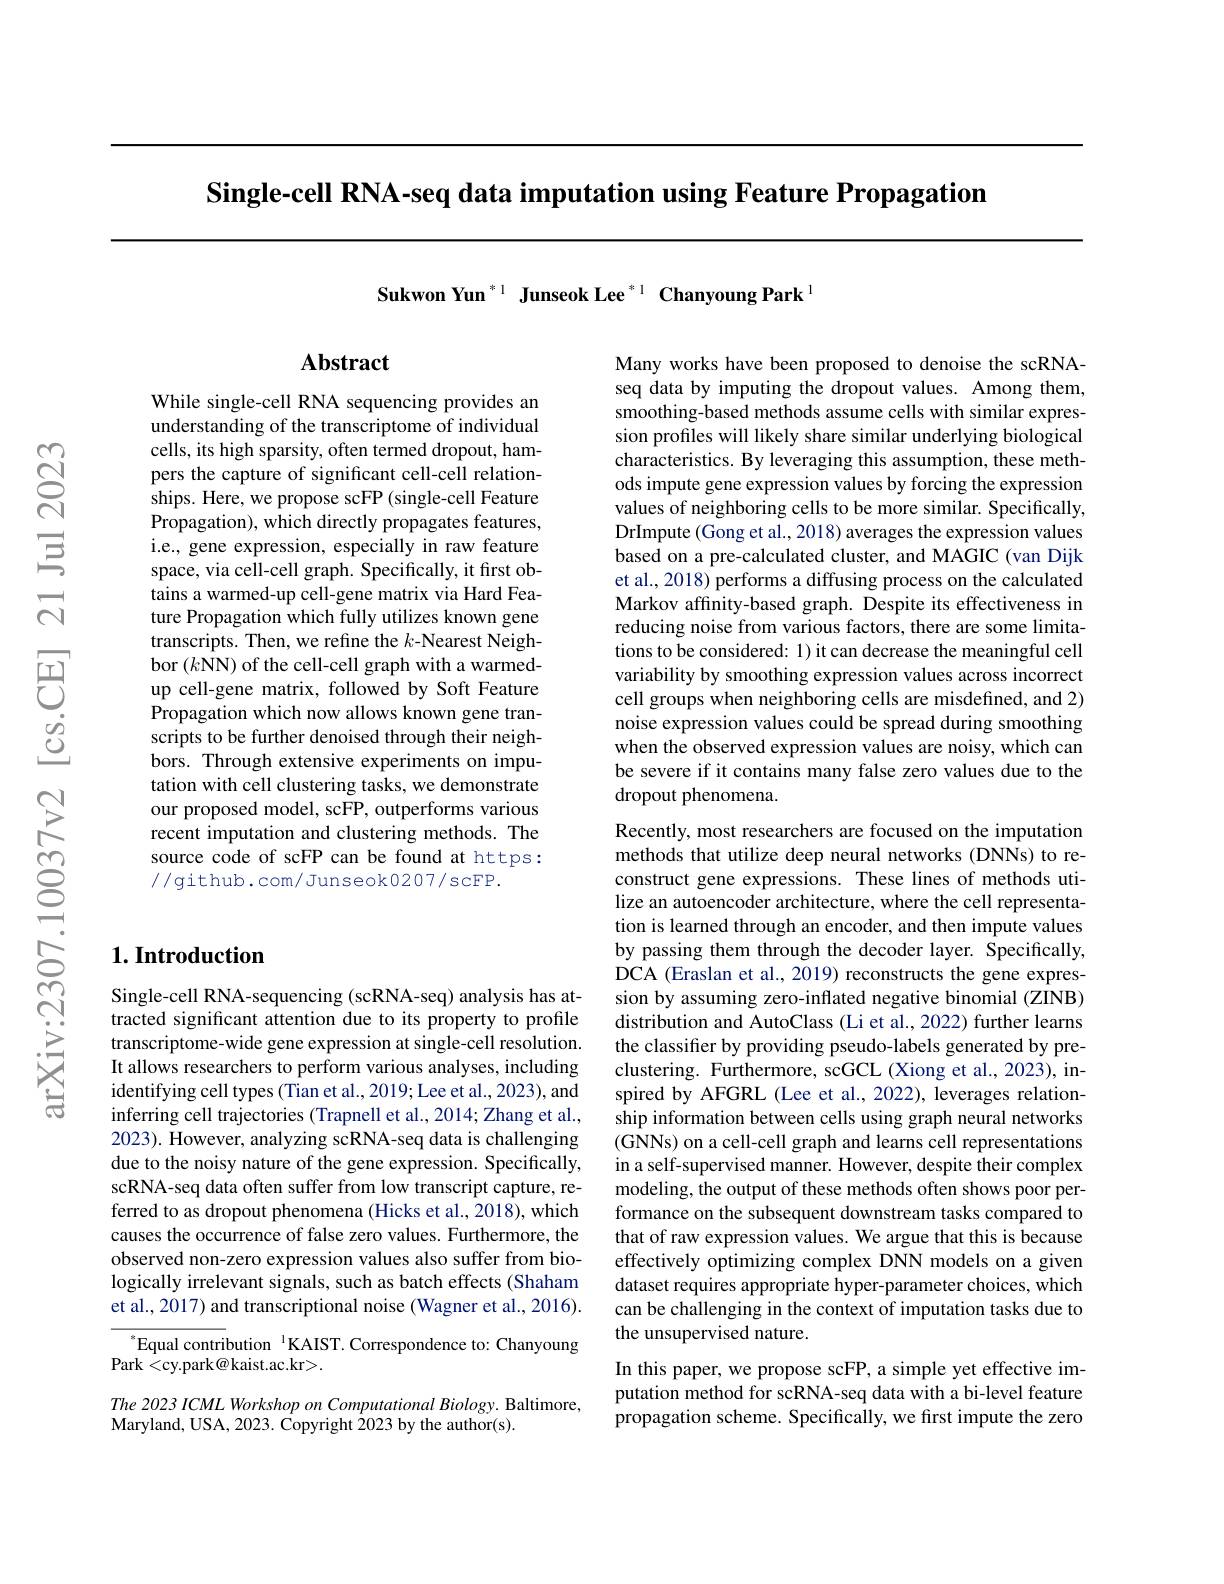
Single-cell RNA-seq data imputation using Feature Propagation

Sukwon Yun $^{*1}$ Junseok Lee $^{*1}$ Chanyoung Park$^{1}$

## Abstract

While single-cell RNA sequencing provides an understanding of the transcriptome of individual cells, its high sparsity, often termed dropout, hampers the capture of significant cell-cell relationships. Here, we propose scFP (single-cell Feature Propagation), which directly propagates features, i.e., gene expression, especially in raw feature space, via cell-cell graph. Specifically, it first obtains a warmed-up cell-gene matrix via Hard Feature Propagation which fully utilizes known gene transcripts. Then, we refine the $k$-Nearest Neighbor $(k\hat{\mathbf{NN}})$ of the cell-cell graph with a warmedup cell-gene matrix, followed by Soft Feature Propagation which now allows known gene transcripts to be further denoised through their neighbors. Through extensive experiments on imputation with cell clustering tasks, we demonstrate our proposed model, scFP, outperforms various recent imputation and clustering methods. The source code of scFP can be found at https: //github.com/Junseok0207/scFP.

## $1. \textbf{Introduction}$

Single-cell RNA-sequencing (scRNA-seq) analysis has attracted significant attention due to its property to profile transcriptome-wide gene expression at single-cell resolution. It allows researchers to perform various analyses, including identifying cell types (Tian et al., 2019; Lee et al., 2023), and inferring cell trajectories (Trapnell et al., 2014; Zhang et al., 2023). However, analyzing scRNA-seq data is challenging due to the noisy nature of the gene expression. Specifically, scRNA-seq data often suffer from low transcript capture, referred to as dropout phenomena (Hicks et al., 2018), which causes the occurrence of false zero values. Furthermore, the observed non-zero expression values also suffer from biologically irrelevant signals, such as batch effects (Shaham et al., 2017) and transcriptional noise (Wagner et al., 2016).

$^{*}$Equal contribution$^{1}$KAIST. Correspondence to: Chanyoung
Park <cy.park@kaist.ac.kr>.

The 2023 ICML Workshop on Computational Biology. Baltimore,
Maryland, USA, 2023. Copyright 2023 by the author( s) .

Many works have been proposed to denoise the scRNAseq data by imputing the dropout values. Among them, smoothing-based methods assume cells with similar expression profiles will likely share similar underlying biological characteristics. By leveraging this assumption, these methods impute gene expression values by forcing the expression values of neighboring cells to be more similar. Specifically, DrImpute (Gong et al., 2018) averages the expression values based on a pre-calculated cluster, and MAGIC (van Dijk et al., 2018) performs a diffusing process on the calculated Markov affinity-based graph. Despite its effectiveness in reducing noise from various factors, there are some limitations to be considered: 1) it can decrease the meaningful cell variability by smoothing expression values across incorrect cell groups when neighboring cells are misdefined, and 2) noise expression values could be spread during smoothing when the observed expression values are noisy, which can be severe if it contains many false zero values due to the dropout phenomena.

Recently, most researchers are focused on the imputation methods that utilize deep neural networks (DNNs) to reconstruct gene expressions. These lines of methods utilize an autoencoder architecture, where the cell representation is learned through an encoder, and then impute values by passing them through the decoder layer. Specifically, DCA (Eraslan et al., 2019) reconstructs the gene expression by assuming zero-inflated negative binomial (ZINB) distribution and AutoClass (Li et al., 2022) further learns the classifier by providing pseudo-labels generated by preclustering. Furthermore, scGCL (Xiong et al., 2023), inspired by AFGRL (Lee et al., 2022), leverages relationship information between cells using graph neural networks (GNNs) on a cell- cell graph and learns cell representations in a self-supervised manner. However, despite their complex modeling, the output of these methods often shows poor performance on the subsequent downstream tasks compared to that of raw expression values. We argue that this is because effectively optimizing complex DNN models on a given dataset requires appropriate hyper-parameter choices, which can be challenging in the context of imputation tasks due to the unsupervised nature.
In this paper, we propose scFP, a simple yet effective imputation method for scRNA-seq data with a bi-level feature propagation scheme. Specifically, we first impute the zero